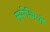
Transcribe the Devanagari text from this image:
सूर्यरश्मियों